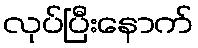
လုပ်ပြီးနောက်